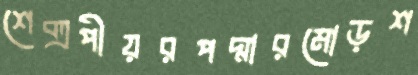
শেক্সপীয়রপদ্মারমোড়শ